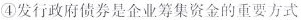
④发行政府债券是企业筹集资金的重要方式